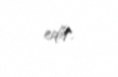
edir.